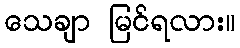
သေချာ မြင်ရလား။